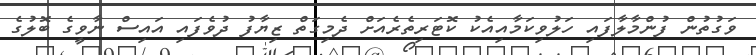
ވަގުތުން ފުންމާލާފައި ހަލުވިކަމާއިއެކު ކޮޓަރިތެރެއަށް ދެމިގަތް ޒިޔާފު ދުވެފައި އައިސް ނާވީގެ ބޮލުގެ